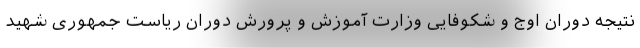
نتیجه دوران اوج و شکوفایی وزارت آموزش و پرورش دوران ریاست جمهوری شهید